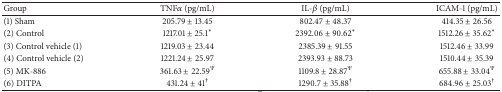
| Group | TNFα (pg/mL) | IL-β (pg/mL) | ICAM-1 (pg/mL) |
 | --- | --- | --- | --- |
 | (1) Sham | 205.79 ± 13.45 | 802.47 ± 48.37 | 414.35 ± 26.56 |
 | (2) Control | 1217.01 ± 25.1* | 2392.06 ± 90.62* | 1512.26 ± 35.62* |
 | (3) Control vehicle (1) | 1219.03 ± 23.44 | 2385.39 ± 91.55 | 1512.46 ± 33.99 |
 | (4) Control vehicle (2) | 1221.24 ± 25.97 | 2393.93 ± 88.73 | 1510.44 ± 35.39 |
 | (5) MK-886 | 361.63 ± 22.59Ψ | 1109.8 ± 28.87Ψ | 655.88 ± 33.04Ψ |
 | (6) DITPA | 431.24 ± 41† | 1290.7 ± 35.88† | 684.96 ± 25.03† |